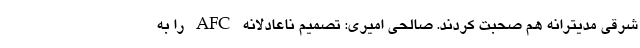
شرقی مدیترانه هم صحبت کردند. صالحی امیری: تصمیم ناعادلانه AFC را به